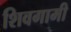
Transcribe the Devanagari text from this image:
शिवगामी